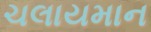
ચલાયમાન